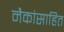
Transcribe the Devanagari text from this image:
नैकांसाहित